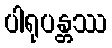
ပါရုပန္တဿ